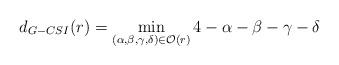
LaTeX: \begin{align*}d_{G-CSI}(r)= \min_{(\alpha,\beta,\gamma,\delta)\in\mathcal{O}(r)} 4-\alpha-\beta-\gamma-\delta\end{align*}